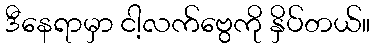
ဒီနေရာမှာ ငါ့လက်ဗွေကို နှိပ်တယ်။